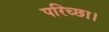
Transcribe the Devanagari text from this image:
परिच्‍छा।